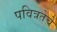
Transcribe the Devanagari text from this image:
पवित्रतेचे